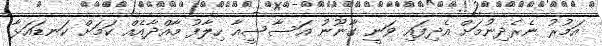
އަމުރު ނެރެދިނުމަށް އެދިފައި ވަނީ ގާނޫނު އަސާސީއާ ހިލާފު މާއްދާއެއް ކަމަށް ކަނޑައަޅާ